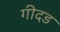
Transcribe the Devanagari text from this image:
गीदड